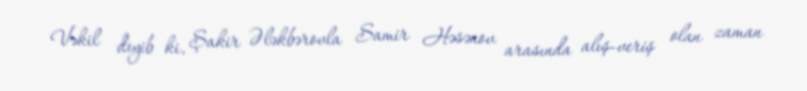
Vəkil deyib ki, Şakir Ələkbərovla Samir Həsənov arasında alış-veriş olan zaman